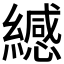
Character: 𫄅